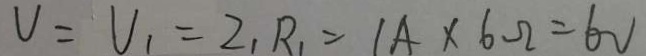
V = V _ { 1 } = z _ { 1 } R _ { 1 } = 1 A \times 6 \Omega = 6 V